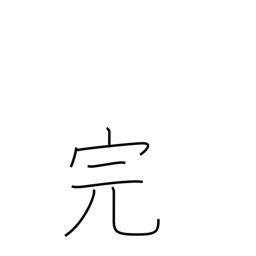
Meaning: end